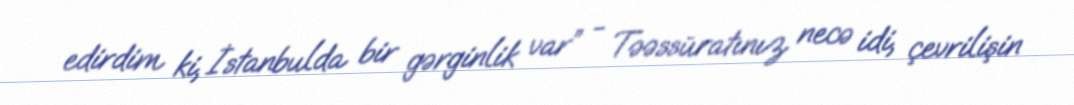
edirdim ki, İstanbulda bir gərginlik var” - Təəssüratınız necə idi, çevrilişin